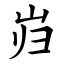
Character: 岿